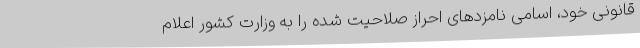
قانونی خود، اسامی نامزدهای احراز صلاحیت شده را به وزارت کشور اعلام